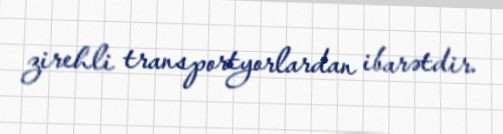
zirehli transportyorlardan ibarətdir.